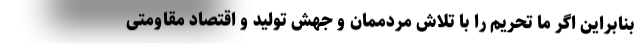
بنابراین اگر ما تحریم را با تلاش مردممان و جهش تولید و اقتصاد مقاومتی